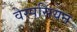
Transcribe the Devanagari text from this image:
वेस्पसियन